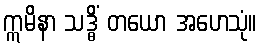
ဣမိနာ သဒ္ဓိံ တယော အဟေသုံ။